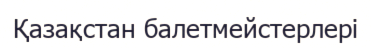
Қазақстан балетмейстерлері